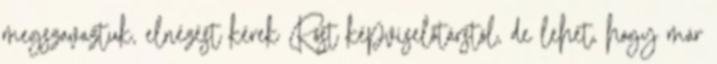
megszavaztuk, elnézést kérek Röst képviselőtárstól, de lehet, hogy már